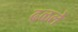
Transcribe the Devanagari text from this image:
ढळले